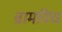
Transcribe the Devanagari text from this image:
ब्रामविच